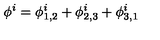
\phi ^ { i } = \phi _ { 1 , 2 } ^ { i } + \phi _ { 2 , 3 } ^ { i } + \phi _ { 3 , 1 } ^ { i }